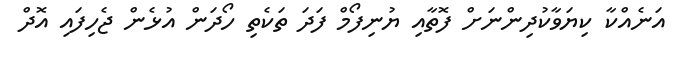
އަނެއްކާ ކިޔަވާކުދިންނަށް ފޮތާއި ޔުނިފޯމް ފަދަ ތަކެތި ހޯދަން އުޅެން ޖެހިފައި އޮދް